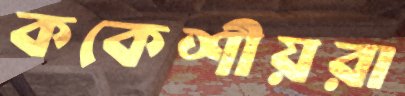
ককেশীয়রা